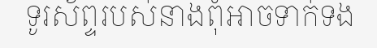
ទូរស័ព្ទរបស់នាងពុំអាចទាក់ទង